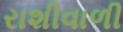
રાશીવાળી